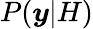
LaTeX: P(\boldsymbol{y}|H)